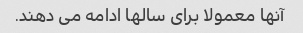
آنها معمولا برای سالها ادامه می دهند.